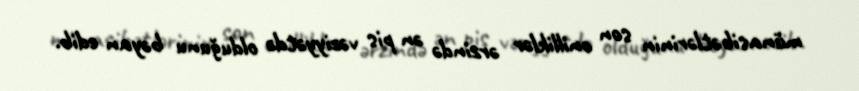
münasibətlərinin son onilliklər ərzində ən pis vəziyyətdə olduğunu bəyan edib.